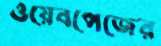
ওয়েবপেজের